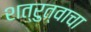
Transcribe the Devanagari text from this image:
शत्रुत्वाचा